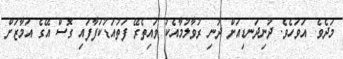
މަދެވެ. އަވަހެވެ. ދުނިދަނޑިއަށް ދުނި ރުވާލުމާއެކު ވައިތެރޭ ފަތުއަޑުކަފާފައި ގޮސް އޭގެ އަމާޒަށް